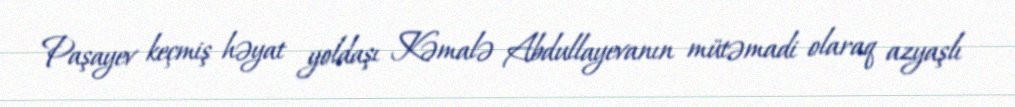
Paşayev keçmiş həyat yoldaşı Kəmalə Abdullayevanın mütəmadi olaraq azyaşlı